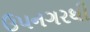
ઉપનગરથી